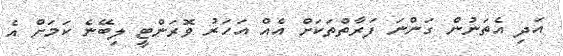
އަދި އެތަނުން ގަންނަ ފަރާތްތަކަށް އެއް އަހަރު ވޮރަންޓީ ލިބޭނެ ކަމަށް އެ